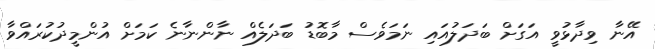
އޭނާ ވިދާޅުވީ އަގަށް ބަދަލުއައި ނަމަވެސް މާބޮޑު ބަދަލެއް ނާންނާނެ ކަމަށް އުންމީދުކުރައްވާ